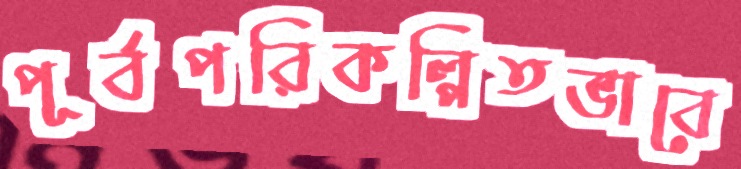
পূর্বপরিকল্পিতভাবে